Lunatic asylums Central Provinces reports 1895-1909 - 1895-1909
Year: 1895
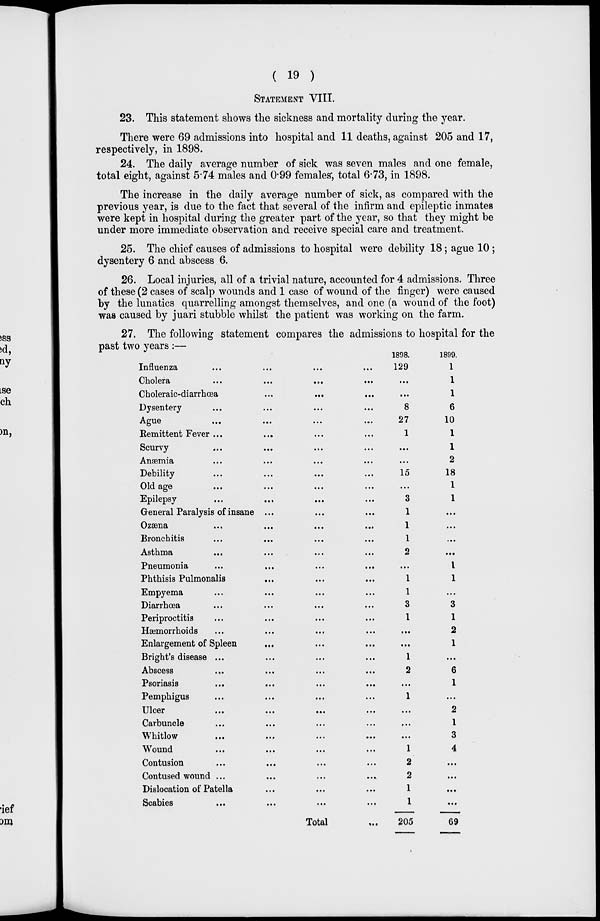
( 19 )
STATEMENT VIII.
23. This statement shows the sickness and mortality during the year.
There were 69 admissions into hospital and 11 deaths, against 205 and 17,
respectively, in 1898.
24. The daily average number of sick was seven males and one female,
total eight, against 5.74 males and 0.99 females, total 6.73, in 1898.
The increase in the daily average number of sick, as compared with the
previous year, is due to the fact that several of the infirm and epileptic inmates
were kept in hospital during the greater part of the year, so that they might be
under more immediate observation and receive special care and treatment.
25. The chief causes of admissions to hospital were debility 18; ague 10 ;
dysentery 6 and abscess 6.
26. Local injuries, all of a trivial nature, accounted for 4 admissions. Three
of these (2 cases of scalp wounds and 1 case of wound of the finger) were caused
by the lunatics quarrelling amongst themselves, and one (a wound of the foot)
was caused by juari stubble whilst the patient was working on the farm.
27. The following statement compares the admissions to hospital for the
past two years :—
Influenza ... ... ... ...
Cholera
...
...
...
...
Choleraic-diarrhœa
...
...
...
...
Dysentery ... ... ... ...
Ague ... ... ... ...
Remittent Fever ... ... ... ...
Scurvy ... ... ... ...
Anæmia
...
...
...
...
Debility ... ... ... ...
Old age ... ... ... ...
Epilepsy
...
...
...
...
General Paralysis of insane ... ... ...
Ozæna
...
...
...
...
Bronchitis ... ... ... ...
Asthma
...
...
...
...
Pneumonia ... ... ... ...
Phthisis Pulmonalis ... ... ...
Empyema
...
...
...
...
Diarrhœa
...
...
...
...
Periproctitis ... ... ... ...
Hæmorrhoids ... ... ... ...
Enlargement of Spleen
... ... ...
Bright's disease ... ... ... ...
Abscess
...
...
...
...
Psoriasis
...
...
...
...
Pemphigus ... ... ... ...
Ulcer
...
...
...
...
Carbuncle ... ... ... ...
Whitlow ... ... ... ...
Wound ... ... ... ...
Contusion ... ... ... ...
Contused wound ... ... ... ...
Dislocation of Patella ... ... ...
Scabies
...
...
...
...
Total ...
1898.
129
...
...
8
27
1
...
...
15
...
3
1
1
1
2
...
1
1
3
1
...
...
1
2
...
1
...
...
...
1
2
2
1
1
205
1899.
1
1
1
6
10
1
1
2
18
1
1
...
...
...
...
1
1
...
3
1
2
1
...
6
1
...
2
1
3
4
...
...
...
...
69